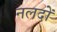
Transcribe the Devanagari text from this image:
नलदों